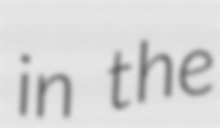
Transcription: in the